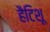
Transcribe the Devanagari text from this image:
हैटिशू